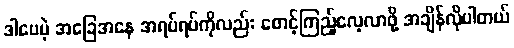
ဒါပေမဲ့ အခြေအနေ အရပ်ရပ်ကိုလည်း စောင့်ကြည့်လေ့လာဖို့ အချိန်လိုပါတယ်